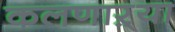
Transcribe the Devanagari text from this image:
कलणाऱ्या